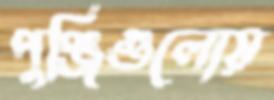
পুঞ্জিগুলোয়